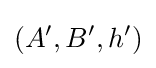
(A',B',h')